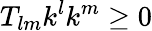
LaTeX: T_{lm}k^{l}k^{m}\geq 0